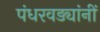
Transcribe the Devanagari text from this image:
पंधरवड्यांनीं